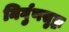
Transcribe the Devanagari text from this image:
निर्गुणसुद्धा